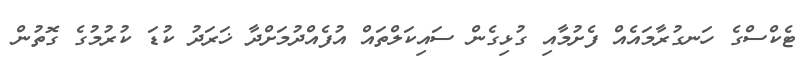
ޓެކްސްގެ ހަނގުރާމައެއް ފެށުމާއި ގުޅިގެން ސައިކަލްތައް އުފެއްދުމަށްދާ ޚަރަދު ކުޑަ ކުރުމުގެ ގޮތުން